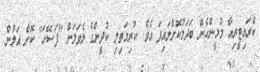
ކްރައިޓީރިއާ މުޅީންހެން ބަދަލުކޮށްލައިފަ އެވެ. ކުރިމަތިލި ކުދީންގެ ލެވަލަށް "ފަސޭހަ" ކޮށް އަލުން